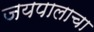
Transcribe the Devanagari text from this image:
जयपालाचा